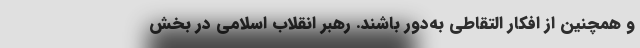
و همچنین از افکار التقاطی به‌دور باشند. رهبر انقلاب اسلامی در بخش